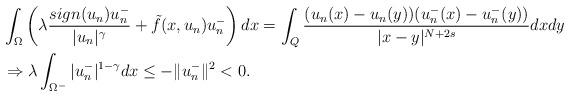
LaTeX: \begin{align*}&\int_{\Omega}\left(\lambda\frac{sign(u_n)u_n^-}{|u_n|^{\gamma}}+\tilde{f}(x,u_n)u_n^-\right)dx=\int_{Q}\frac{(u_n(x)-u_n(y))(u_n^-(x)-u_n^-(y))}{|x-y|^{N+2s}}dxdy\\&\Rightarrow\lambda\int_{\Omega^-}|u_n^-|^{1-\gamma}dx\leq -\|u_n^-\|^2<0.\end{align*}